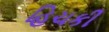
હિચકી